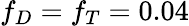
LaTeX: f_{D}=f_{T}=0.04